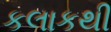
કલાકથી